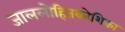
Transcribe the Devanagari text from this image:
जाललोहितकोशिका